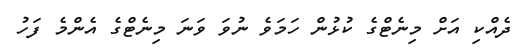
ދެއްކި އަށް މިނެޓްގެ ކުޅުން ހަމަވެ ނުވަ ވަނަ މިނެޓްގެ އެންމެ ފަހު